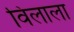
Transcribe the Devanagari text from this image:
विलाला